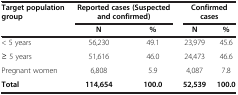
| <ROWSPAN=2> Target population group | <COLSPAN=2> Reported cases (Suspected and confirmed) | <COLSPAN=2> Confirmed cases |
 | N | % | N | % |
 | --- | --- | --- | --- | --- |
 | < 5 years | 56,230 | 49.1 | 23,979 | 45.6 |
 | ≥ 5 years | 51,616 | 46.0 | 24,473 | 46.6 |
 | Pregnant women | 6,808 | 5.9 | 4,087 | 7.8 |
 | Total | 114,654 | 100.0 | 52,539 | 100.0 |